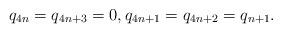
LaTeX: \begin{align*} q_{4n} = q_{4n+3} = 0, q_{4n+1} = q_{4n+2} = q_{n+1}.\end{align*}